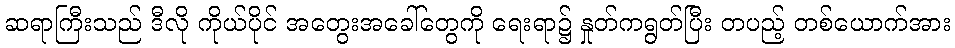
ဆရာကြီးသည် ဒီလို ကိုယ်ပိုင် အတွေးအခေါ်တွေကို ရေးရာ၌ နှုတ်ကရွတ်ပြီး တပည့် တစ်ယောက်အား